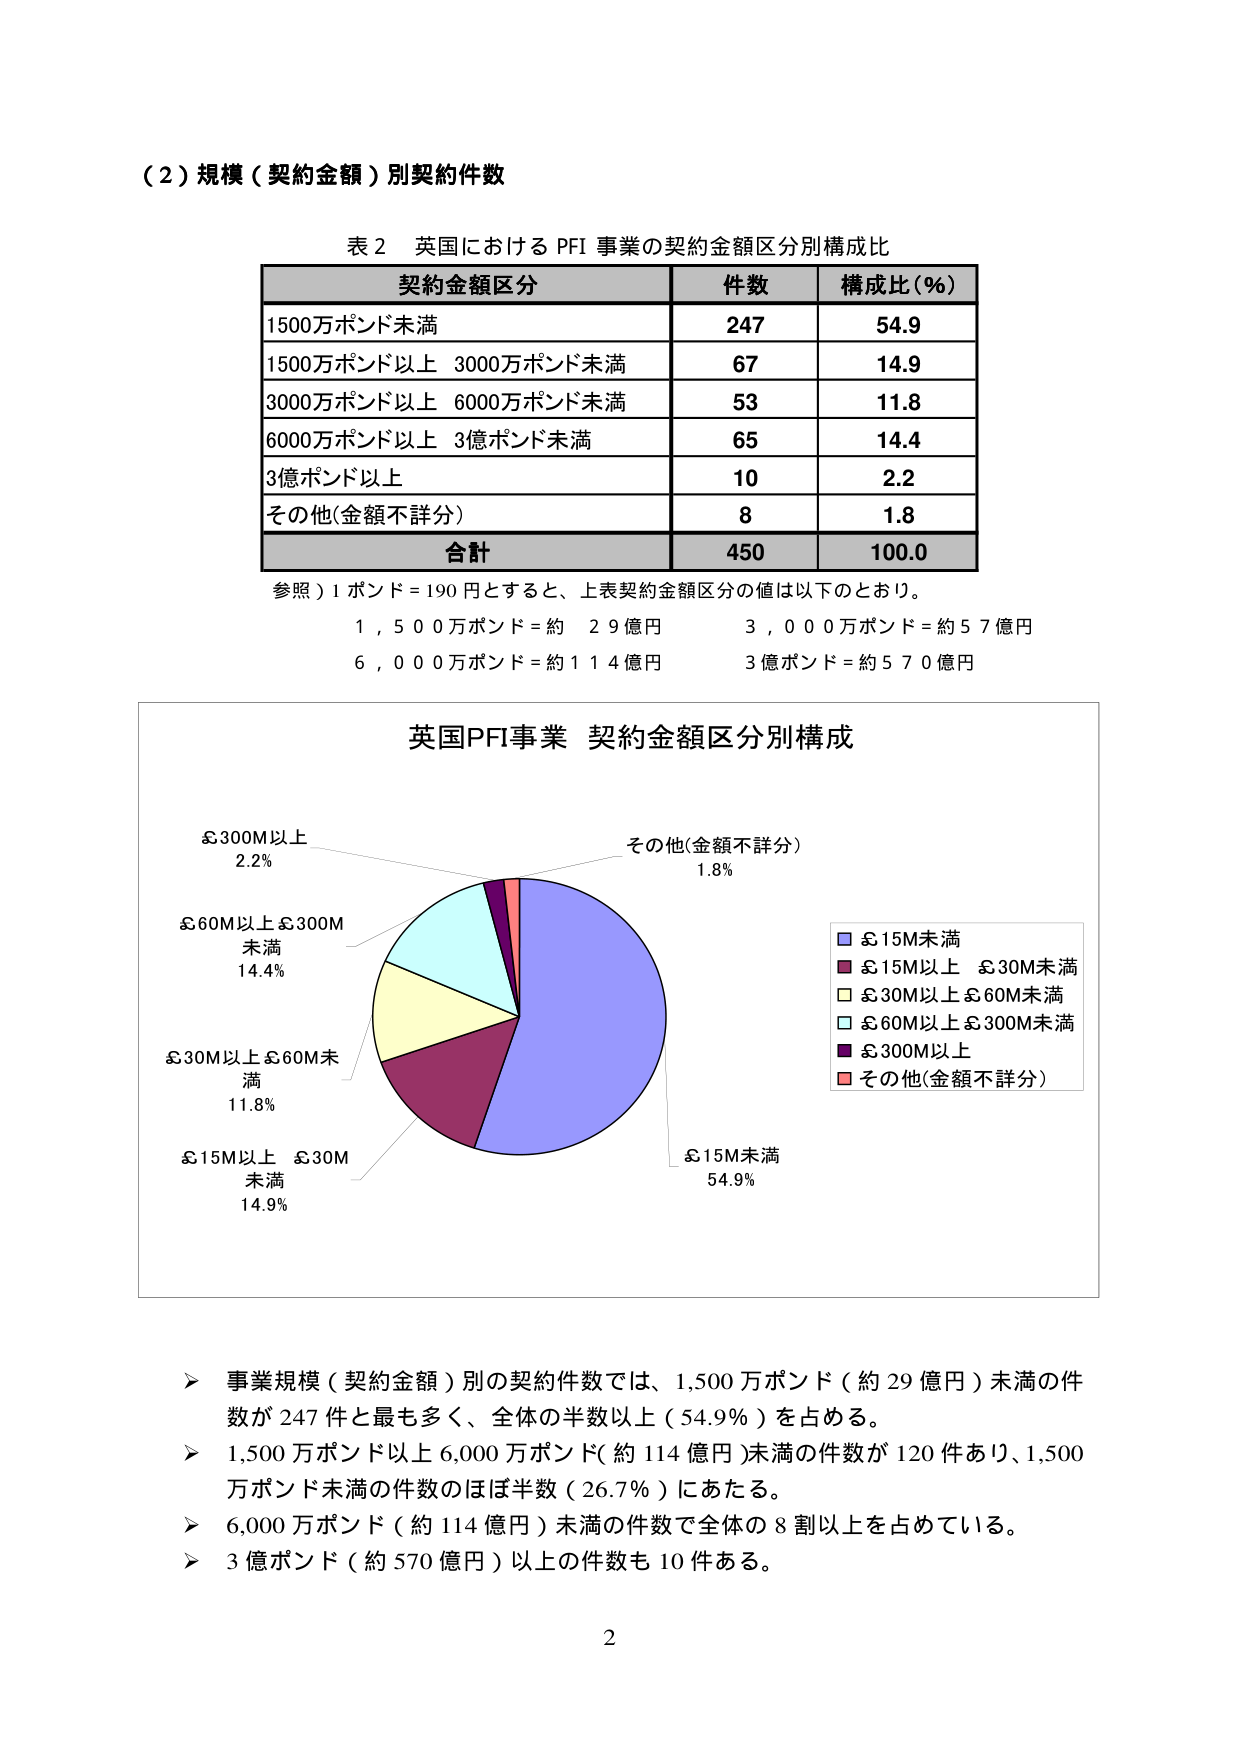
（２）規模（契約金額）別契約件数

表２ 英国における PFI 事業の契約金額区分別構成比

契約金額区分　　件数　　構成比（％）
1500万ポンド未満　　247　　54.9
1500万ポンド以上 3000万ポンド未満　　67　　14.9
3000万ポンド以上 6000万ポンド未満　　53　　11.8
6000万ポンド以上 3億ポンド未満　　65　　14.4
3億ポンド以上　　10　　2.2
その他（金額不詳分）　　8　　1.8
合計　　450　　100.0

参照）1 ポンド＝190 円とすると、上表契約金額区分の値は以下のとおり。
1,500万ポンド＝約 29億円　　　3,000万ポンド＝約57億円
6,000万ポンド＝約114億円　　　3億ポンド＝約570億円

英国PFI事業 契約金額区分別構成

£300M以上
2.2%

その他（金額不詳分）
1.8%

£60M以上£300M
未満
14.4%

£30M以上£60M未
満
11.8%

£15M以上 £30M
未満
14.9%

£15M未満
54.9%

■ £15M未満
■ £15M以上 £30M未満
■ £30M以上£60M未満
■ £60M以上£300M未満
■ £300M以上
■ その他（金額不詳分）

▶ 事業規模（契約金額）別の契約件数では、1,500万ポンド（約29億円）未満の件数が247件と最も多く、全体の半数以上（54.9％）を占める。
▶ 1,500万ポンド以上6,000万ポンド（約114億円）未満の件数が120件あり、1,500万ポンド未満の件数のほぼ半数（26.7％）にあたる。
▶ 6,000万ポンド（約114億円）未満の件数で全体の8割以上を占めている。
▶ 3億ポンド（約570億円）以上の件数も10件ある。

2